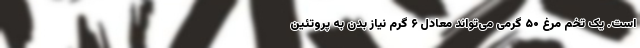
است. یک تخم مرغ ۵۰ گرمی می‌تواند معادل ۶ گرم نیاز بدن به پروتئین